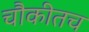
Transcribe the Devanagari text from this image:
चौकीतच